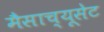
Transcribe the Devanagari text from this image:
मैसाच्यूसेट